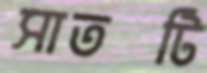
সাতটি